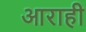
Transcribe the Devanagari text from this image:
आराही